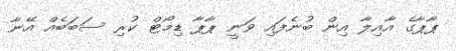
ޕާޕާގެ އާއިލާ އިން ބުނެފައި ވަނީ ޕާޕާ ޑިމޯޓް ކުރި ސަބަބެއް އޭނާ